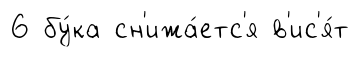
6 бу́ка сн'ижа́етс'я в'ис'я́т